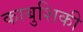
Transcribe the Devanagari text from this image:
काबुशिकी